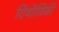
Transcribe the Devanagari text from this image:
दियोजिकी